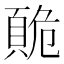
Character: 𲊭